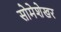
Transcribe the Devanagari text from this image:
सोमेशेखर